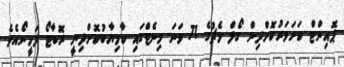
ޕޮއިންޓް ކަށަވަރުކޮށްދިން ގޯލް މެޗުގެ 71 ވަނަ މިނެޓްގައި ކާމިޔާބުކޮށްދިނީ ރޮބާޓޯ ފަމީނޯއެވެ.